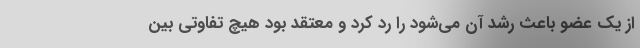
از یک عضو باعث رشد آن می‌شود را رد کرد و معتقد بود هیچ تفاوتی بین